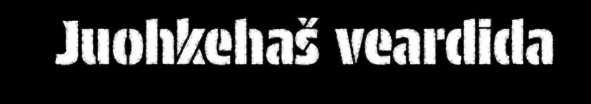
Juohkehaš veardida